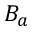
B _ { a }